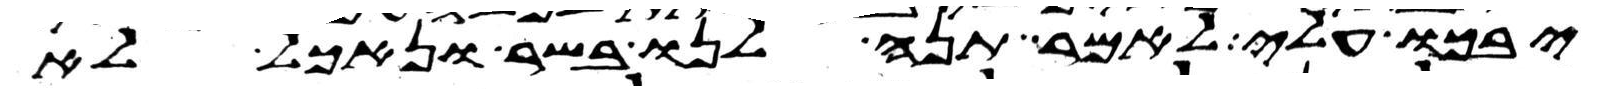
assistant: יבכו עלי לאמר תנה לנו בשר ונאכל לא